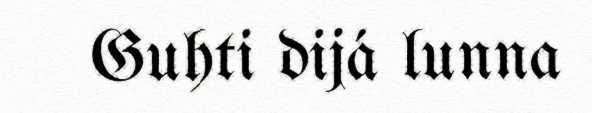
Guhti dijá lunna